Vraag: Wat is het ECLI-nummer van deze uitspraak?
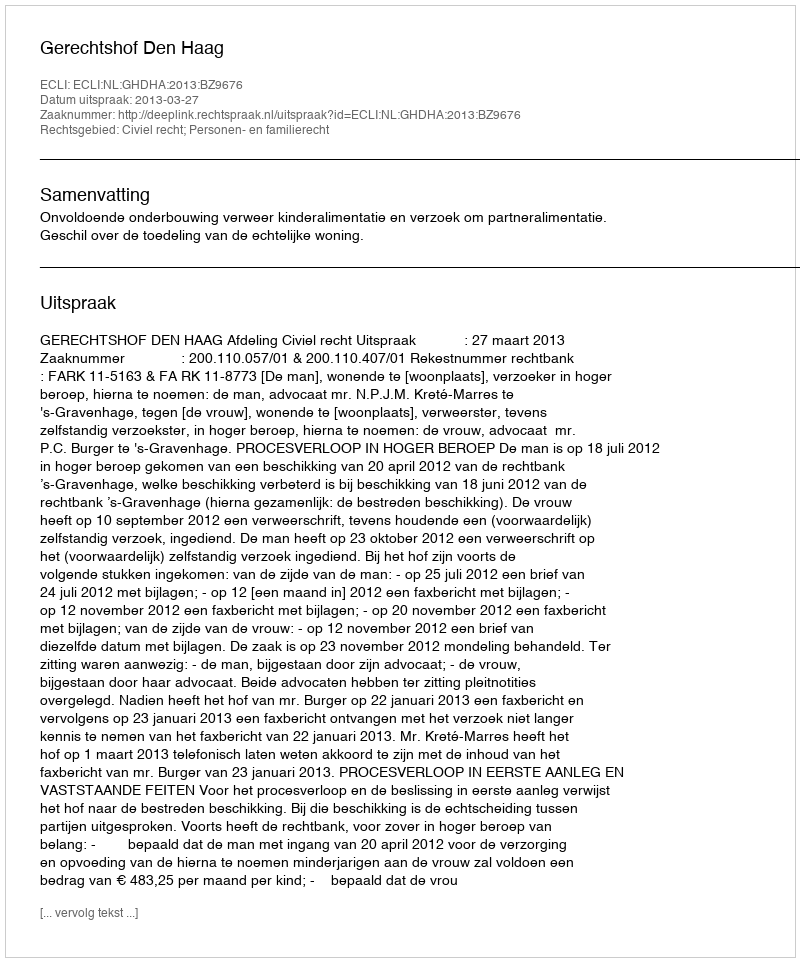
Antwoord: ECLI:NL:GHDHA:2013:BZ9676